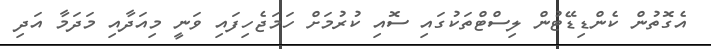
އެގޮތުން ކެންޑިޑޭޓުން ލިސްޓްތަކުގައި ސޮއި ކުރުމަށް ހަމަޖެހިފައި ވަނީ މިއަދާއި މަދަމާ އަދި